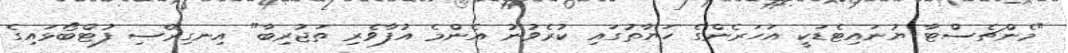
"މެންޗެސްޓާ ޔުނައިޓެޑަކީ އަހަރެންގެ ހަޔާތުގައި ކުރެވުނު އެންމެ އުފާވެރި ތަޖުރިބާ" އިނގިރޭސި ފުޓްބޯޅައިގެ